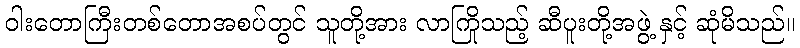
ဝါးတောကြီးတစ်တောအစပ်တွင် သူတို့အား လာကြိုသည့် ဆီပူးတို့အဖွဲ့ နှင့် ဆုံမိသည်။